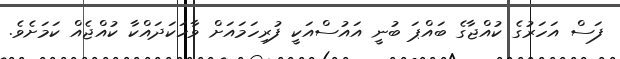
ފަސް އަހަރުގެ ކުއްޖާގެ ބައްޕަ ބުނީ އައުސްއަކީ ފުރިހަމައަށް ވާހަކަދައްކާ ކުއްޖެއް ކަމަށެވެ.